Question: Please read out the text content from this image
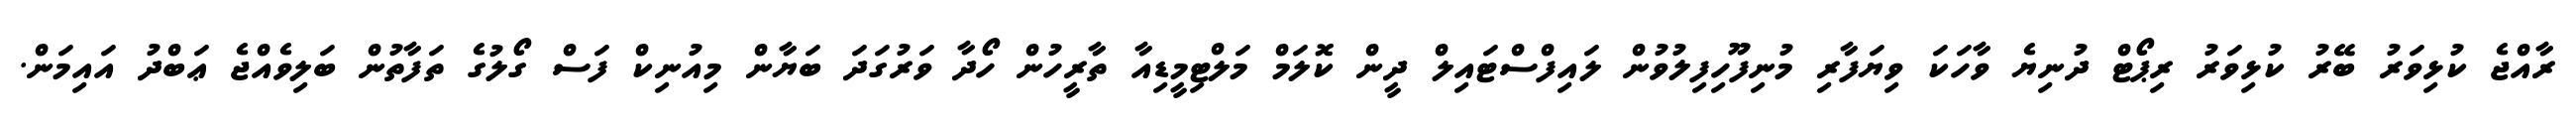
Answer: ރާއްޖެ ކުޅިވަރު ބޭރު ކުޅިވަރު ރިޕޯޓް ދުނިޔެ ވާހަކަ ވިޔަފާރި މުނިފޫހިފިލުވުން ލައިފްސްޓައިލް ދީން ކޮލަމް މަލްޓިމީޑިއާ ތާރީހުން ހޯދާ ވަރުގަދަ ބަޔާން މިއުނިކް ފަސް ގޯލުގެ ތަފާތުން ބަލިވެއްޖެ ޢަބްދު އައިމަން.